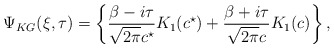
\begin{align*}\Psi_{KG}(\xi, \tau) = \left\{\frac{\beta-i\tau}{\sqrt{2\pi} c^{\star}} K_{1}(c^{\star}) + \frac{\beta+i\tau}{\sqrt{2\pi} c} K_{1}(c) \right\},\end{align*}